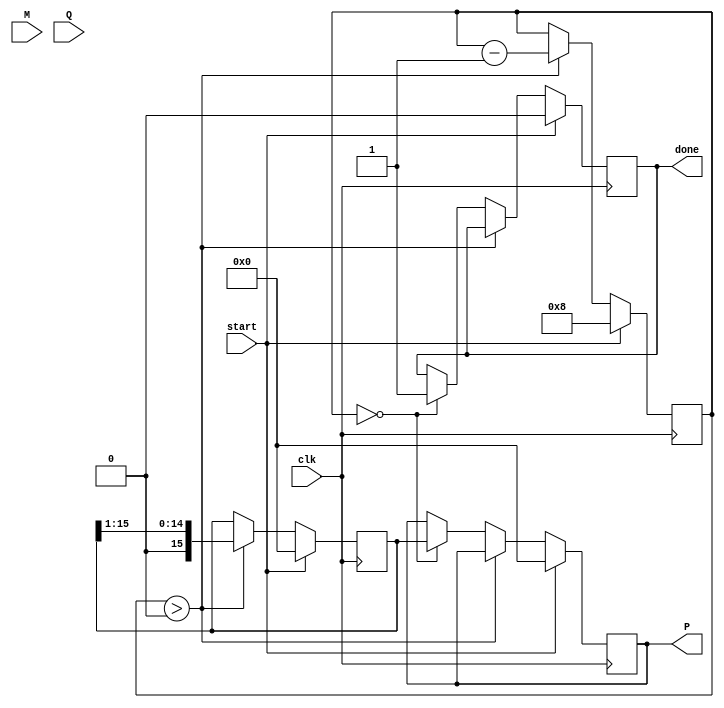
module booth_multiplier #(
    parameter WIDTH = 8  // Define the width of the multiplicand and multiplier
)(
    input signed [WIDTH-1:0] M,     // Multiplicand
    input signed [WIDTH-1:0] Q,     // Multiplier
    input clk,                       // Clock signal
    input start,                     // Start signal to begin multiplication
    output reg signed [(2*WIDTH)-1:0] P, // Product output
    output reg done                  // Done signal
);

    reg signed [(2*WIDTH)-1:0] A;   // Accumulator
    reg [WIDTH-1:0] Q_temp;          // Temporary storage for multiplier
    reg [WIDTH:0] count;             // Counter (n + 1 bits to accommodate sign)
    reg Q_1;                         // Previous LSB of multiplier (initialized to 0)

    always @(posedge clk) begin
        if (start) begin
            // Initialize the registers
            A <= 0;
            Q_temp <= Q;
            P <= 0;
            count <= WIDTH;           // Set count to the number of bits
            Q_1 <= 0;                 // Previous LSB initialized to 0
            done <= 0;                // Reset done signal
        end else if (count > 0) begin
            case ({Q_temp[0], Q_1})   // Current and previous bits of the multiplier
                2'b01: A <= A + M;    // Add multiplicand to accumulator
                2'b10: A <= A - M;    // Subtract multiplicand from accumulator
                default: ;             // Do nothing for 00 and 11
            endcase
            
            // Right shift the accumulator and multiplier
            {A, Q_temp} <= {A, Q_temp} >> 1; // Shift right
            
            // Update Q_1 to current LSB before shift
            Q_1 <= Q_temp[0];
            
            // Decrement the count
            count <= count - 1;
        end else if (count == 0) begin
            P <= A;                    // Store the result in P
            done <= 1;                 // Indicate completion
        end
    end
endmodule